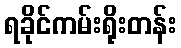
ရခိုင်ကမ်းရိုးတန်း